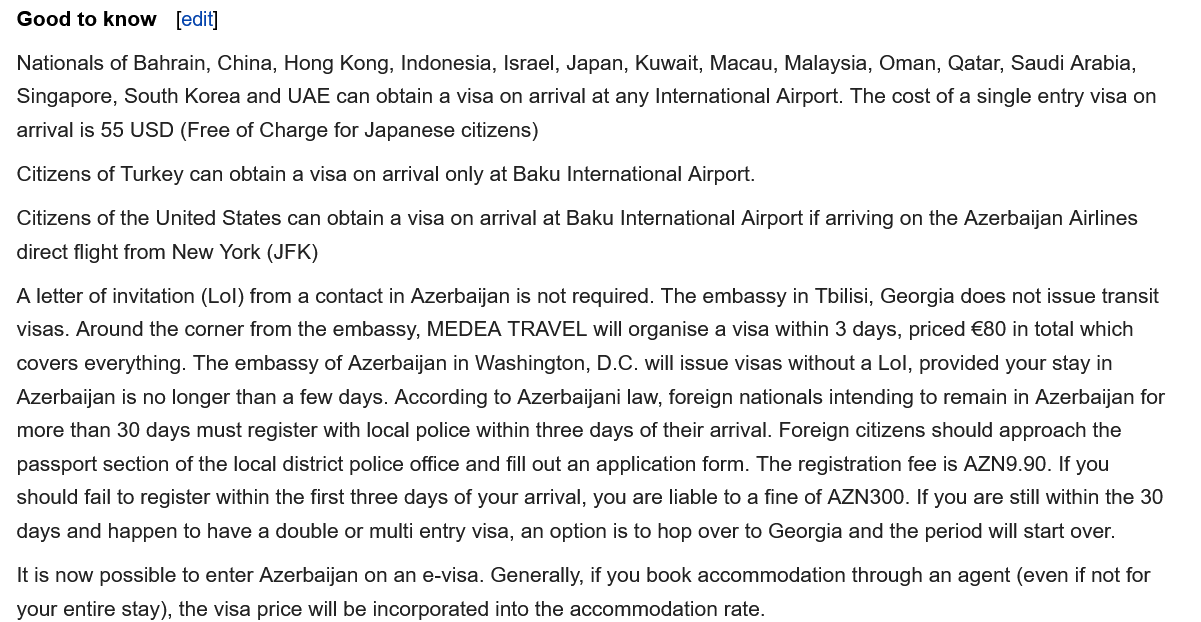
Good  to know  [edit]
  Nationals of Bahrain, China, Hong Kong, Indonesia, Israel, Japan, Kuwait, Macau, Malaysia, Oman, Qatar, Saudi Arabia,
  Singapore, South Korea and UAE can obtain a visa on arrival at any International Airport. The cost of a single entry visa on
  arrival is 55 USD (Free of Charge for Japanese citizens)
  Citizens of Turkey can obtain a visa on arrival only at Baku International Airport.
  Citizens of the United States can obtain a visa on arrival at Baku International Airport if arriving on the Azerbaijan Airlines
  direct flight from New York (JFK)
  A letter of invitation (Lol) from a contact in Azerbaijan is not required. The embassy in Tbilisi, Georgia does not issue transit
  visas. Around the corner from the embassy, MEDEA TRAVEL will organise a visa within 3 days, priced €80 in total which
  covers everything. The embassy of Azerbaijan in Washington, D.C. will issue visas without a Lol, provided your stay in
  Azerbaijan is no longer than a few days. According to Azerbaijani law, foreign nationals intending to remain in Azerbaijan for
  more than 30 days must register with local police within three days of their arrival. Foreign citizens should approach the
  passport section of the local district police office and fill out an application form. The registration fee is AZN9.90. If you
  should fail to register within the first three days of your arrival, you are liable to a fine of AZN300. If you are still within the 30
  days and happen to have a double or multi entry visa, an option is to hop over to Georgia and the period will start over.
  It is now possible to enter Azerbaijan on an e-visa. Generally, if you book accommodation through an agent (even if not for
  vour entire stav) the visa nrice will be incornorated into the accommodation rate